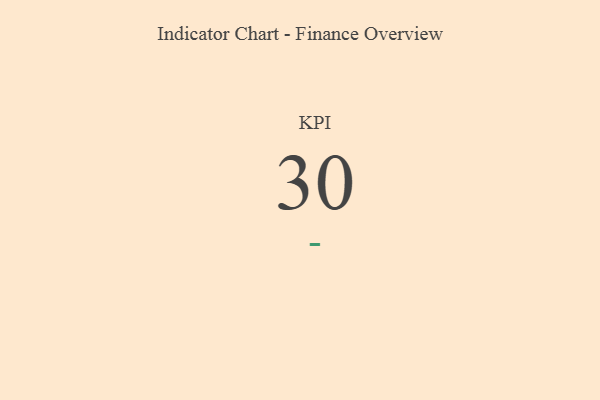
{"axis": {"x": "KPI", "y": "Value"}, "legend": [""], "data": [{"x": "KPI", "y": 30, "type": ""}]}